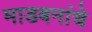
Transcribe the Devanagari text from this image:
माडबनांचे